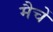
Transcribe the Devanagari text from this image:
मैचें